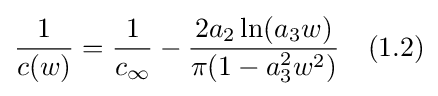
{\frac {1}{c(w)}}={\frac {1}{c_{\infty }}}-{\frac {2a_{2}\ln(a_{3}w)}{\pi (1-a_{3}^{2}w^{2})}}\quad (1.2)